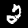
Label: 2